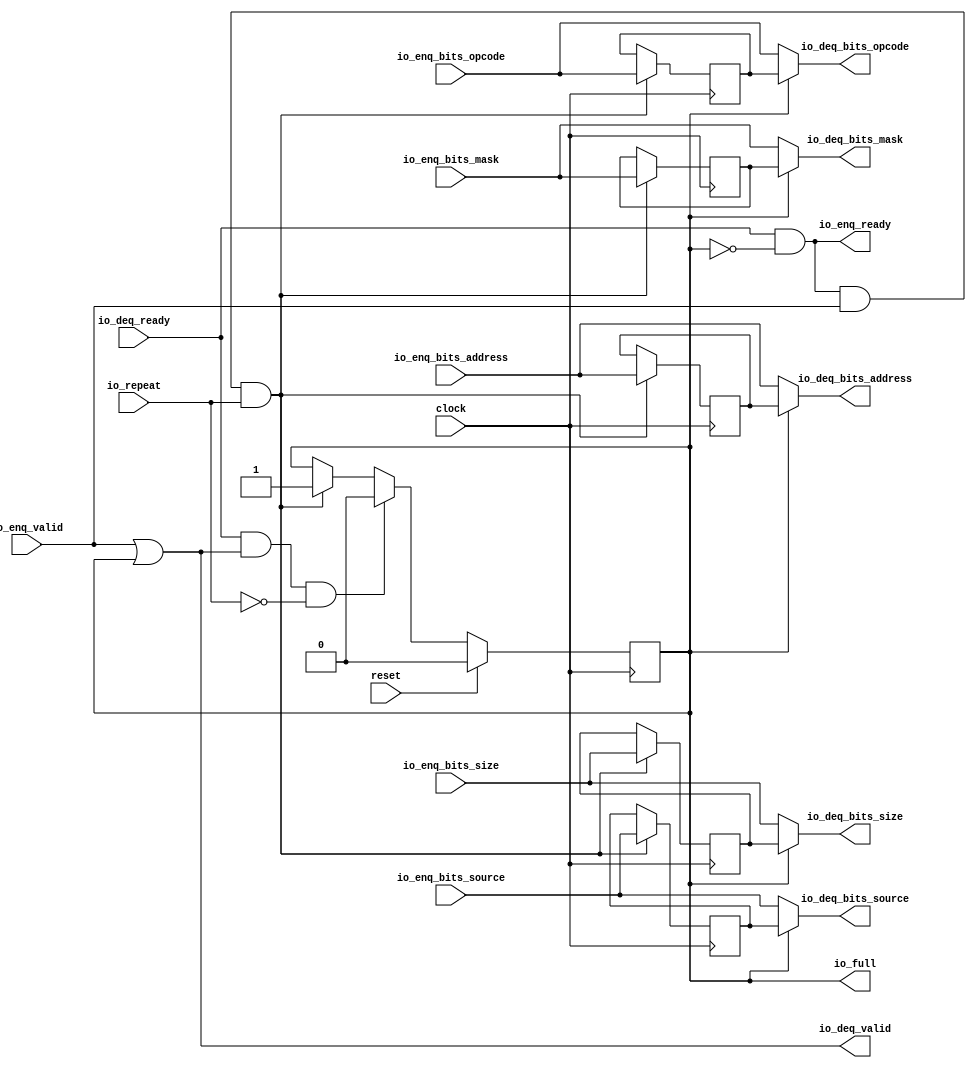
// Copyright (c) 2017, Microsemi Corporation
// All rights reserved.
//
// Redistribution and use in source and binary forms, with or without
// modification, are permitted provided that the following conditions are met:
//     * Redistributions of source code must retain the above copyright
//       notice, this list of conditions and the following disclaimer.
//     * Redistributions in binary form must reproduce the above copyright
//       notice, this list of conditions and the following disclaimer in the
//       documentation and/or other materials provided with the distribution.
//     * Neither the name of the <organization> nor the
//       names of its contributors may be used to endorse or promote products
//       derived from this software without specific prior written permission.
//
// THIS SOFTWARE IS PROVIDED BY THE COPYRIGHT HOLDERS AND CONTRIBUTORS "AS IS" AND
// ANY EXPRESS OR IMPLIED WARRANTIES, INCLUDING, BUT NOT LIMITED TO, THE IMPLIED
// WARRANTIES OF MERCHANTABILITY AND FITNESS FOR A PARTICULAR PURPOSE ARE
// DISCLAIMED. IN NO EVENT SHALL MICROSEMI CORPORATIONM BE LIABLE FOR ANY
// DIRECT, INDIRECT, INCIDENTAL, SPECIAL, EXEMPLARY, OR CONSEQUENTIAL DAMAGES
// (INCLUDING, BUT NOT LIMITED TO, PROCUREMENT OF SUBSTITUTE GOODS OR SERVICES;
// LOSS OF USE, DATA, OR PROFITS; OR BUSINESS INTERRUPTION) HOWEVER CAUSED AND
// ON ANY THEORY OF LIABILITY, WHETHER IN CONTRACT, STRICT LIABILITY, OR TORT
// (INCLUDING NEGLIGENCE OR OTHERWISE) ARISING IN ANY WAY OUT OF THE USE OF THIS
// SOFTWARE, EVEN IF ADVISED OF THE POSSIBILITY OF SUCH DAMAGE.
//
// APACHE LICENSE
// Copyright (c) 2017, Microsemi Corporation 
//
// Licensed under the Apache License, Version 2.0 (the "License");
// you may not use this file except in compliance with the License.
// You may obtain a copy of the License at
//
//    http://www.apache.org/licenses/LICENSE-2.0
//
// Unless required by applicable law or agreed to in writing, software
// distributed under the License is distributed on an "AS IS" BASIS,
// WITHOUT WARRANTIES OR CONDITIONS OF ANY KIND, either express or implied.
// See the License for the specific language governing permissions and
// limitations under the License.
//
// Description:
//
// SVN Revision Information:
// SVN $Revision: $
// SVN $Date: $
//
// Resolved SARs
// SAR      Date     Who   Description
//
// Notes:
//
// ****************************************************************************/
`define RANDOMIZE
`timescale 1ns/10ps
module PROC_SUBSYSTEM_MIV_RV32IMA_L1_AHB_0_MIV_RV32IMA_L1_AHB_REPEATER_2(
  input         clock,
  input         reset,
  input         io_repeat,
  output        io_full,
  output        io_enq_ready,
  input         io_enq_valid,
  input  [2:0]  io_enq_bits_opcode,
  input  [2:0]  io_enq_bits_size,
  input  [1:0]  io_enq_bits_source,
  input  [11:0] io_enq_bits_address,
  input  [3:0]  io_enq_bits_mask,
  input         io_deq_ready,
  output        io_deq_valid,
  output [2:0]  io_deq_bits_opcode,
  output [2:0]  io_deq_bits_size,
  output [1:0]  io_deq_bits_source,
  output [11:0] io_deq_bits_address,
  output [3:0]  io_deq_bits_mask
);
  reg  full;
  reg [31:0] _RAND_0;
  reg [2:0] saved_opcode;
  reg [31:0] _RAND_1;
  reg [2:0] saved_size;
  reg [31:0] _RAND_2;
  reg [1:0] saved_source;
  reg [31:0] _RAND_3;
  reg [11:0] saved_address;
  reg [31:0] _RAND_4;
  reg [3:0] saved_mask;
  reg [31:0] _RAND_5;
  wire  _T_16;
  wire  _T_18;
  wire  _T_19;
  wire [2:0] _T_20_opcode;
  wire [2:0] _T_20_size;
  wire [1:0] _T_20_source;
  wire [11:0] _T_20_address;
  wire [3:0] _T_20_mask;
  wire  _T_21;
  wire  _T_22;
  wire  _GEN_0;
  wire [2:0] _GEN_1;
  wire [2:0] _GEN_3;
  wire [1:0] _GEN_4;
  wire [11:0] _GEN_5;
  wire [3:0] _GEN_6;
  wire  _T_24;
  wire  _T_26;
  wire  _T_27;
  wire  _GEN_8;
  assign io_full = full;
  assign io_enq_ready = _T_19;
  assign io_deq_valid = _T_16;
  assign io_deq_bits_opcode = _T_20_opcode;
  assign io_deq_bits_size = _T_20_size;
  assign io_deq_bits_source = _T_20_source;
  assign io_deq_bits_address = _T_20_address;
  assign io_deq_bits_mask = _T_20_mask;
  assign _T_16 = io_enq_valid | full;
  assign _T_18 = full == 1'h0;
  assign _T_19 = io_deq_ready & _T_18;
  assign _T_20_opcode = full ? saved_opcode : io_enq_bits_opcode;
  assign _T_20_size = full ? saved_size : io_enq_bits_size;
  assign _T_20_source = full ? saved_source : io_enq_bits_source;
  assign _T_20_address = full ? saved_address : io_enq_bits_address;
  assign _T_20_mask = full ? saved_mask : io_enq_bits_mask;
  assign _T_21 = io_enq_ready & io_enq_valid;
  assign _T_22 = _T_21 & io_repeat;
  assign _GEN_0 = _T_22 ? 1'h1 : full;
  assign _GEN_1 = _T_22 ? io_enq_bits_opcode : saved_opcode;
  assign _GEN_3 = _T_22 ? io_enq_bits_size : saved_size;
  assign _GEN_4 = _T_22 ? io_enq_bits_source : saved_source;
  assign _GEN_5 = _T_22 ? io_enq_bits_address : saved_address;
  assign _GEN_6 = _T_22 ? io_enq_bits_mask : saved_mask;
  assign _T_24 = io_deq_ready & io_deq_valid;
  assign _T_26 = io_repeat == 1'h0;
  assign _T_27 = _T_24 & _T_26;
  assign _GEN_8 = _T_27 ? 1'h0 : _GEN_0;
`ifdef RANDOMIZE
  integer initvar;
  initial begin
    `ifndef verilator
      #0.002 begin end
    `endif
  `ifdef RANDOMIZE_REG_INIT
  _RAND_0 = {1{$random}};
  full = _RAND_0[0:0];
  `endif // RANDOMIZE_REG_INIT
  `ifdef RANDOMIZE_REG_INIT
  _RAND_1 = {1{$random}};
  saved_opcode = _RAND_1[2:0];
  `endif // RANDOMIZE_REG_INIT
  `ifdef RANDOMIZE_REG_INIT
  _RAND_2 = {1{$random}};
  saved_size = _RAND_2[2:0];
  `endif // RANDOMIZE_REG_INIT
  `ifdef RANDOMIZE_REG_INIT
  _RAND_3 = {1{$random}};
  saved_source = _RAND_3[1:0];
  `endif // RANDOMIZE_REG_INIT
  `ifdef RANDOMIZE_REG_INIT
  _RAND_4 = {1{$random}};
  saved_address = _RAND_4[11:0];
  `endif // RANDOMIZE_REG_INIT
  `ifdef RANDOMIZE_REG_INIT
  _RAND_5 = {1{$random}};
  saved_mask = _RAND_5[3:0];
  `endif // RANDOMIZE_REG_INIT
  end
`endif // RANDOMIZE
  always @(posedge clock) begin
    if (reset) begin
      full <= 1'h0;
    end else begin
      if (_T_27) begin
        full <= 1'h0;
      end else begin
        if (_T_22) begin
          full <= 1'h1;
        end
      end
    end
    if (_T_22) begin
      saved_opcode <= io_enq_bits_opcode;
    end
    if (_T_22) begin
      saved_size <= io_enq_bits_size;
    end
    if (_T_22) begin
      saved_source <= io_enq_bits_source;
    end
    if (_T_22) begin
      saved_address <= io_enq_bits_address;
    end
    if (_T_22) begin
      saved_mask <= io_enq_bits_mask;
    end
  end
endmodule